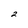
Character: 2